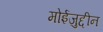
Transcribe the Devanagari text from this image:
मोईजुद्दीन